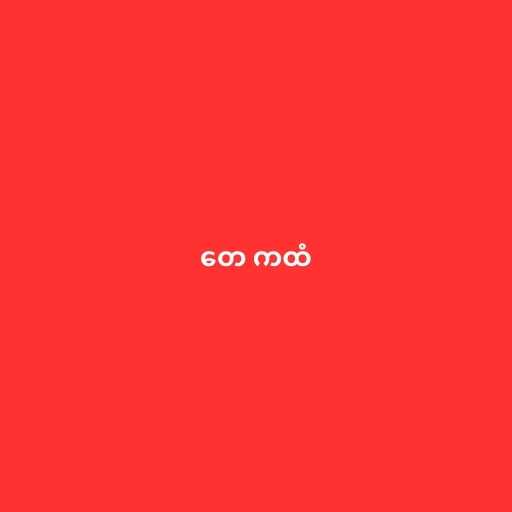
တေ ကထံ